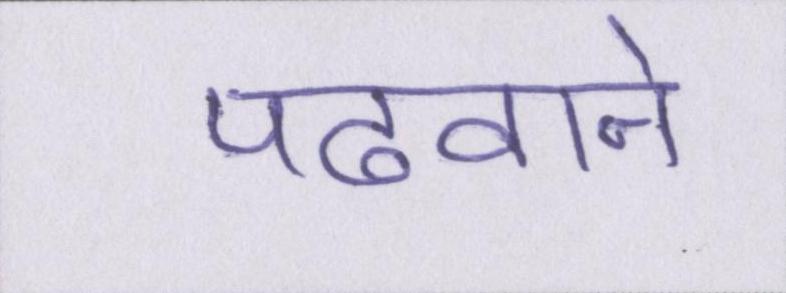
पढवाने